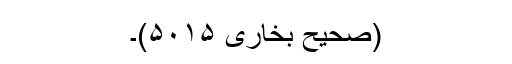
(صحیح بخاری ۵۰۱۵)۔